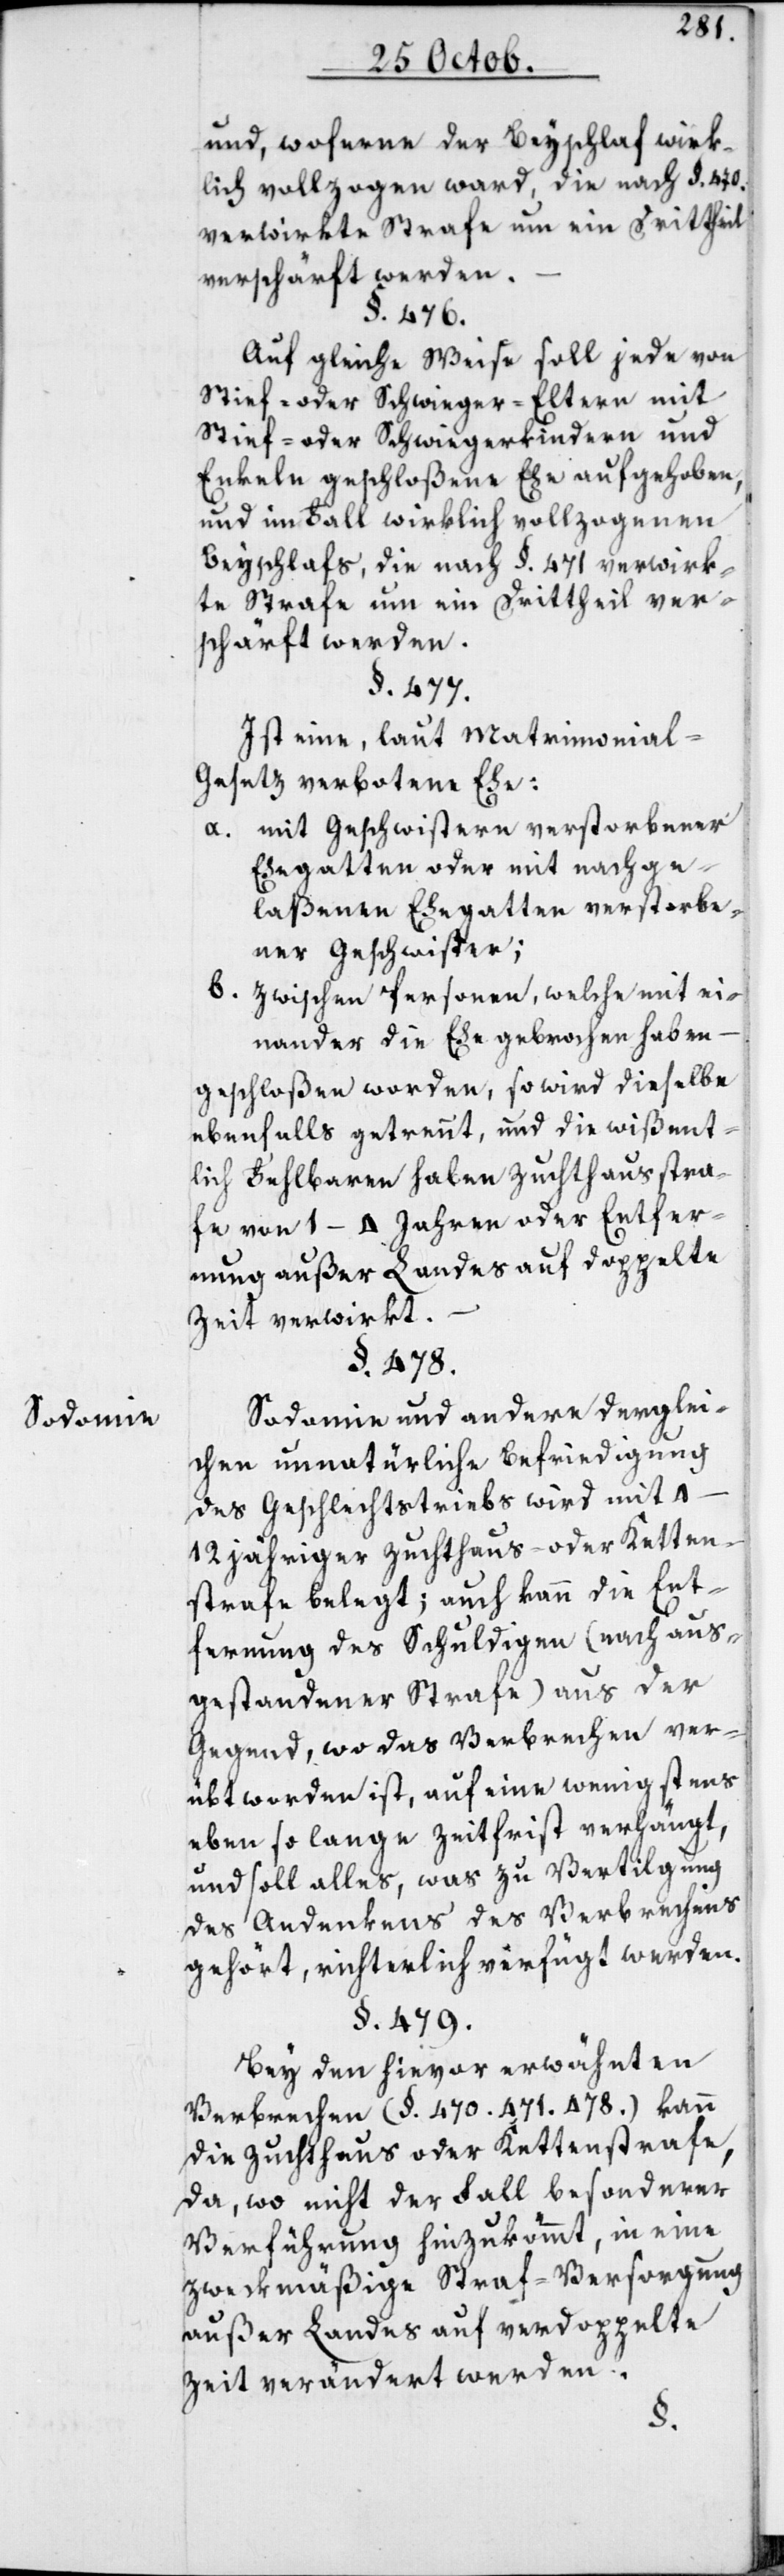
Sodomie.

und woferne der Beyschlaf wirk¬
lich vollzogen ward, die nach §. 470.
verwirkte Strafe um ein Drittheil
verschärft werden.
§. 476.
Auf gleiche Weise soll jede von
Stief- oder Schwieger-Eltern mit
Stief- oder Schwiegerkindern und
Enkeln geschloßene Ehe aufgehoben,
und im Fall wirklich vollzogenen
Beyschlafs, die nach §. 471. verwirk¬
te Strafe um ein Drittheil ver¬
schärft werden.
§. 477.
Ist eine, laut Matrimonial-G¬
esetz verbotene Ehe:
mit Geschwistern verstorbener
a.
Ehegatten oder mit nachge¬
laßenen Ehegatten verstorbe¬
ner Geschwister;
b. zwischen Personen, welche mit ei¬
nander die Ehe gebrochen haben,
geschloßen worden, so wird dieselbe
ebenfalls getrennt, und die wißent¬
lich Fehlbaren haben Zuchthausstra¬
fe von 1–4 Jahren oder Entfer¬
nung außer Landes auf doppelte
Zeit verwirkt.
§. 478.
Sodomie und andere derglei¬
chen unnatürliche Befriedigung
des Geschlechtstriebs wird mit 4–12
jähriger Zuchthaus- oder Ketten¬
strafe belegt; auch kann die Ent¬
fernung des Schuldigen (nach aus¬
gestandener Strafe) aus der
Gegend, wo das Verbrechen ver¬
übt worden ist, auf eine wenigstens
eben so lange Zeitfrist verhängt,
und soll alles, was zu Vertilgung
des Andenkens des Verbrechens
gehört, richterlich verfügt werden.
§. 479.
Bei den hievor erwähnten
Verbrechen (§. 470. 471. 478.) kann
die Zuchthaus- oder Kettenstrafe,
da wo nicht der Fall besonderer
Verführung hinzukömmt, in eine
zweckmäßige Straf-Versorgung
außer Landes auf verdoppelte
Zeit verändert werden.